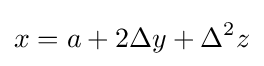
x=a+2\Delta y+\Delta ^{2}z